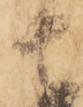
者